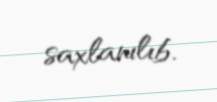
saxlanılıb.